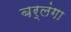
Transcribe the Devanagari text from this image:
बर्लंगा